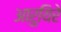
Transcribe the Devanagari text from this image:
आरुयिरे